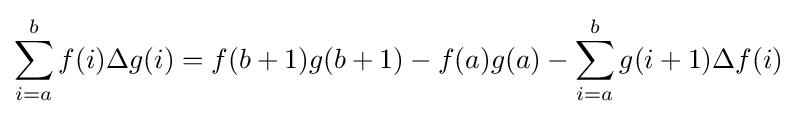
\sum _{i=a}^{b}f(i)\Delta g(i)=f(b+1)g(b+1)-f(a)g(a)-\sum _{i=a}^{b}g(i+1)\Delta f(i)